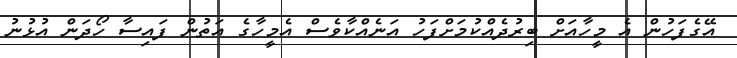
އޭގެފަހުން އެ މީހާއަށް ބިރުދެއްކުމަށްފަހު އަނެއްކާވެސް އެމީހާގެ އަތުން ފައިސާ ހޯދަން އުޅުނު